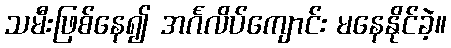
သမီးဖြစ်နေ၍ အင်္ဂလိပ်ကျောင်း မနေနိုင်ခဲ့။